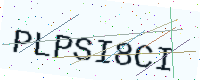
Text: PLPSI8CI